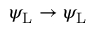
\psi _ { \mathrm { { L } } } \rightarrow \psi _ { \mathrm { { L } } }